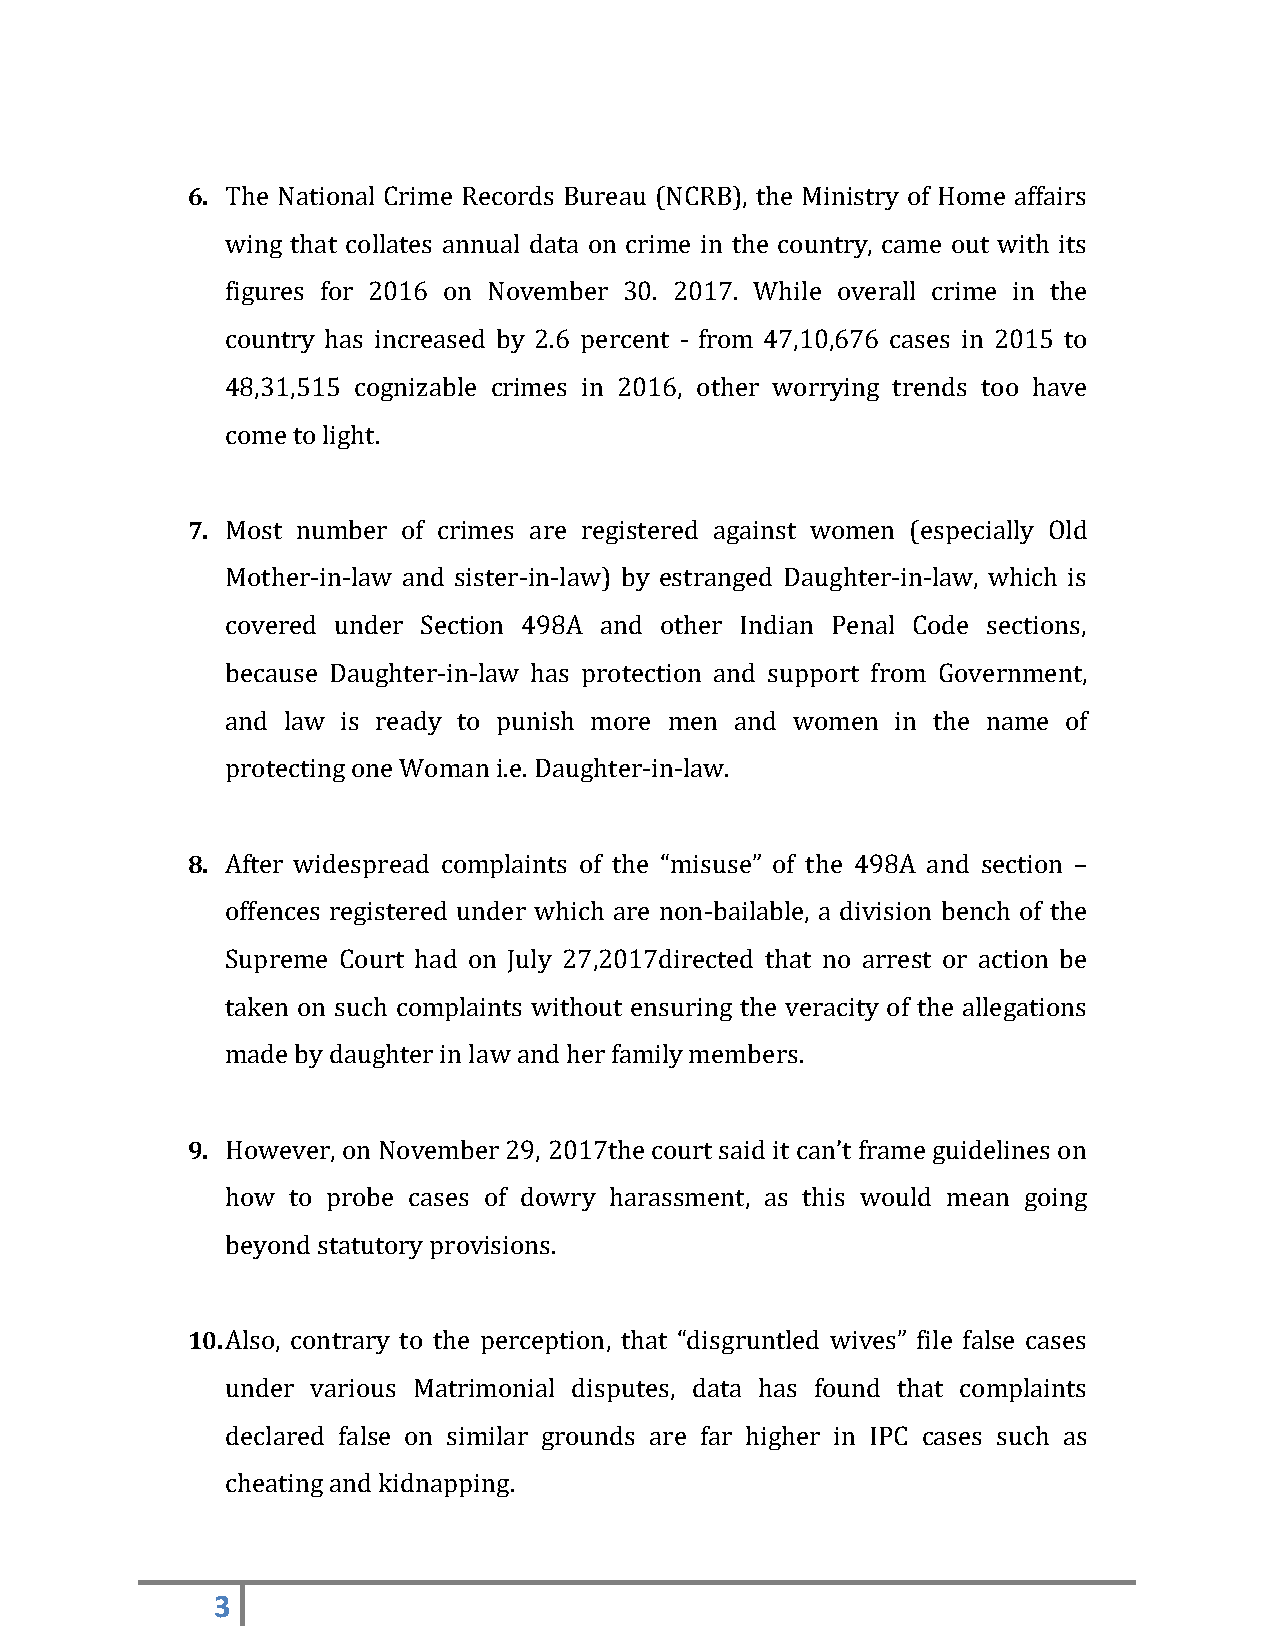
6. The National Crime Records Bureau (NCRB), the Ministry of Home affairs
 wing that collates annual data on crime in the country, came out with its
 figures for 2016 on November 30. 2017. While overall crime in the
 country has increased by 2.6 percent - from 47,10,676 cases in 2015 to
 48,31,515 cognizable crimes in 2016, other worrying trends too have
 come to light.
 7. Most number of crimes are registered against women (especially Old
 Mother-in-law and sister-in-law) by estranged Daughter-in-law, which is
 covered under Section 498A and other Indian Penal Code sections,
 because Daughter-in-law has protection and support from Government,
 and law is ready to punish more men and women in the name of
 protecting one Woman i.e. Daughter-in-law.
 8. After widespread complaints of the “misuse” of the 498A and section –
 offences registered under which are non-bailable, a division bench of the
 Supreme Court had on July 27,2017directed that no arrest or action be
 taken on such complaints without ensuring the veracity of the allegations
 made by daughter in law and her family members.
 9. However, on November 29, 2017the court said it can’t frame guidelines on
 how to probe cases of dowry harassment, as this would mean going
 beyond statutory provisions.
 10. Also, contrary to the perception, that “disgruntled wives” file false cases
 under various Matrimonial disputes, data has found that complaints
 declared false on similar grounds are far higher in IPC cases such as
 cheating and kidnapping.
 3